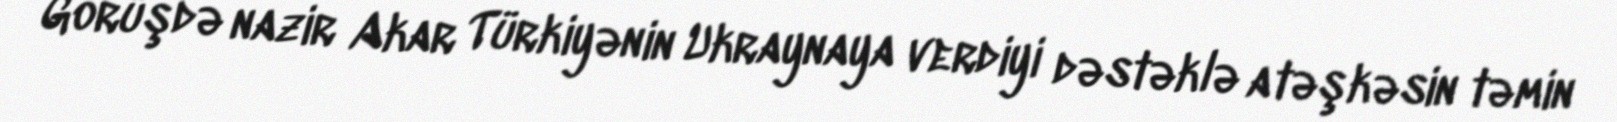
Görüşdə nazir Akar Türkiyənin Ukraynaya verdiyi dəstəklə atəşkəsin təmin